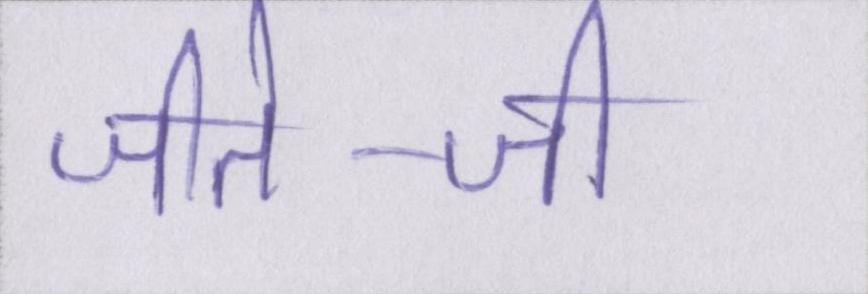
जीते-जी